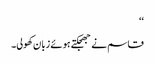
‘‘
قاسم نے جھجکتے ہوئے زبان کھولی۔